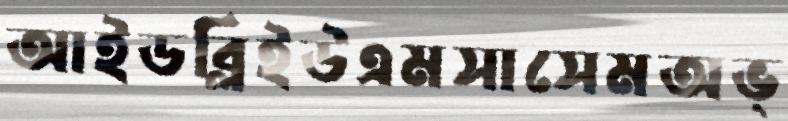
আইডব্লিইউএমসাসেমঅভ্